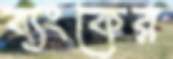
ব্যংকের